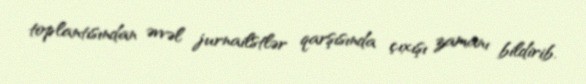
toplantısından əvvəl jurnailstlər qarşısında çıxışı zamanı bildirib.